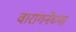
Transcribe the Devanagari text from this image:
वारांगनेच्या